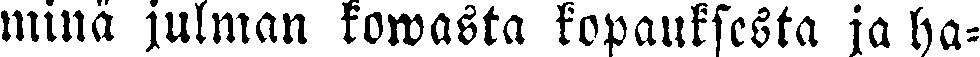
minä julman kowasta kopauksesta ja ha-